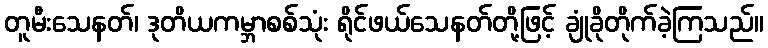
တူမီးသေနတ်၊ ဒုတိယကမ္ဘာစစ်သုံး ရိုင်ဖယ်သေနတ်တို့ဖြင့် ချုံခိုတိုက်ခဲ့ကြသည်။